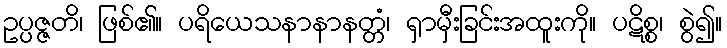
ဥပ္ပဇ္ဇတိ၊ ဖြစ်၏။ ပရိယေသနာနာနတ္တံ၊ ရှာမှီးခြင်းအထူးကို။ ပဋိစ္စ၊ စွဲ၍။